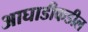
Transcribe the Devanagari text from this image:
आघाडीकडील